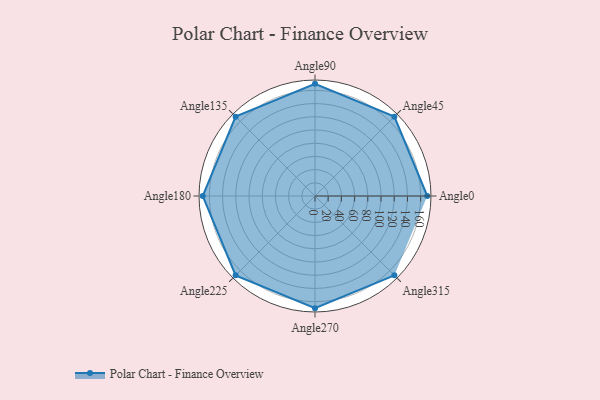
{"axis": {"x": "Angle", "y": "Radius"}, "legend": [""], "data": [{"x": "Angle0", "y": 170, "type": ""}, {"x": "Angle45", "y": 170, "type": ""}, {"x": "Angle90", "y": 170, "type": ""}, {"x": "Angle135", "y": 170, "type": ""}, {"x": "Angle180", "y": 170, "type": ""}, {"x": "Angle225", "y": 170, "type": ""}, {"x": "Angle270", "y": 170, "type": ""}, {"x": "Angle315", "y": 170, "type": ""}]}